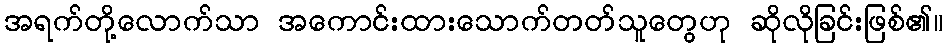
အရက်တို့လောက်သာ အကောင်းထားသောက်တတ်သူတွေဟု ဆိုလိုခြင်းဖြစ်၏။